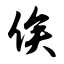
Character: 俟